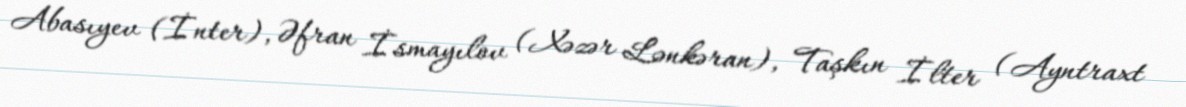
Abasıyev (İnter), Əfran İsmayılov (Xəzər Lənkəran), Taşkın İlter (Ayntraxt